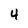
Character: 4